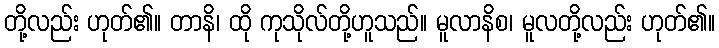
တို့လည်း ဟုတ်၏။ တာနိ၊ ထို ကုသိုလ်တို့ဟူသည်။ မူလာနိစ၊ မူလတို့လည်း ဟုတ်၏။